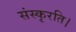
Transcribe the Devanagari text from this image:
संस्कृरति।